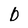
Character: b